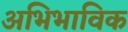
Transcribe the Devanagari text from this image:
अभिभाविक